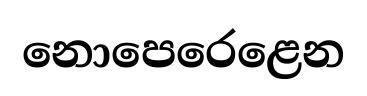
නොපෙරෙළෙන